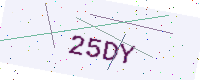
Text: 25DY